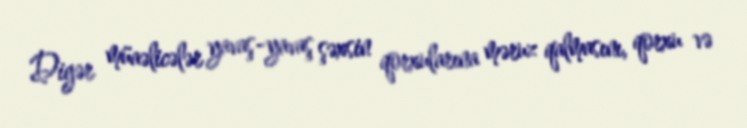
Digər müaəlicələr yavaş-yavaş şəxsin qorxularına məruz qalmasını, qorxu və